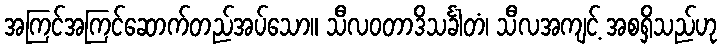
အကြင်အကြင်ဆောက်တည်အပ်သော။ သီလဝတာဒိသင်္ခါတံ၊ သီလအကျင့် အစရှိသည်ဟု